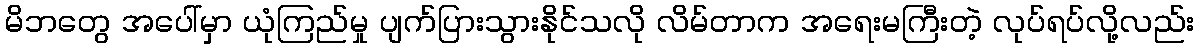
မိဘတွေ အပေါ်မှာ ယုံကြည်မှု ပျက်ပြားသွားနိုင်သလို လိမ်တာက အရေးမကြီးတဲ့ လုပ်ရပ်လို့လည်း